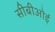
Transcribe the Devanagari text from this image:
सीबीओई